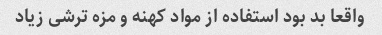
واقعا بد بود استفاده از مواد کهنه و مزه ترشی زیاد